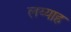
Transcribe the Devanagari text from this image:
लय्याह